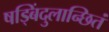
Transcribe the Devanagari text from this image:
षड्बिंदुलान्छितं